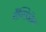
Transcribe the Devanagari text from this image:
गैंग्लिऑन